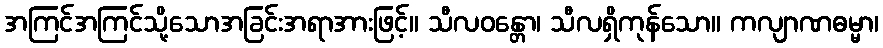
အကြင်အကြင်သို့သောအခြင်းအရာအားဖြင့်။ သီလဝန္တော၊ သီလရှိကုန်သော။ ကလျာဏဓမ္မာ၊